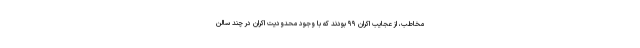
مخاطب، از عجایب اکران ۹۹ بودند که با وجود محدودیت اکران در چند سالن